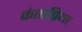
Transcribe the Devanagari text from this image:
कंताब्रिया